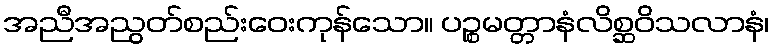
အညီအညွတ်စည်းဝေးကုန်သော။ ပဉ္စမတ္တာနံလိစ္ဆဝိသလာနံ၊